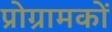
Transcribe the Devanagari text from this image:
प्रोग्रामकों